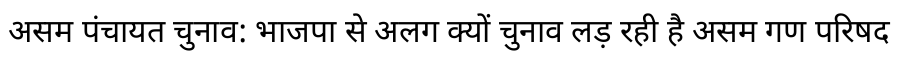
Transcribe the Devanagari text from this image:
असम पंचायत चुनाव: भाजपा से अलग क्यों चुनाव लड़ रही है असम गण परिषद